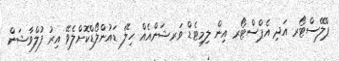
ޕްލޭސްޓޯރ އަދި އެޕްސްޓޯރ އިން ލިމިޓެޑް ވަރޝަންއެއް ހިލޭ ޑައުންލޯޑްކޮށްލެވޭ އިރު ފުލްވާޝަން